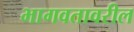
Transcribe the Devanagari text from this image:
भागवतावरील